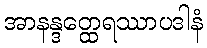
အာနန္ဒတ္ထေရဿာပဒါနံ